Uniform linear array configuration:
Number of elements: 24
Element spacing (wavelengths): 0.75
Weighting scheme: exponential
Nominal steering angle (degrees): -45
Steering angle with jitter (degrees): -46.042
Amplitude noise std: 0.05
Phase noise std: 0.05

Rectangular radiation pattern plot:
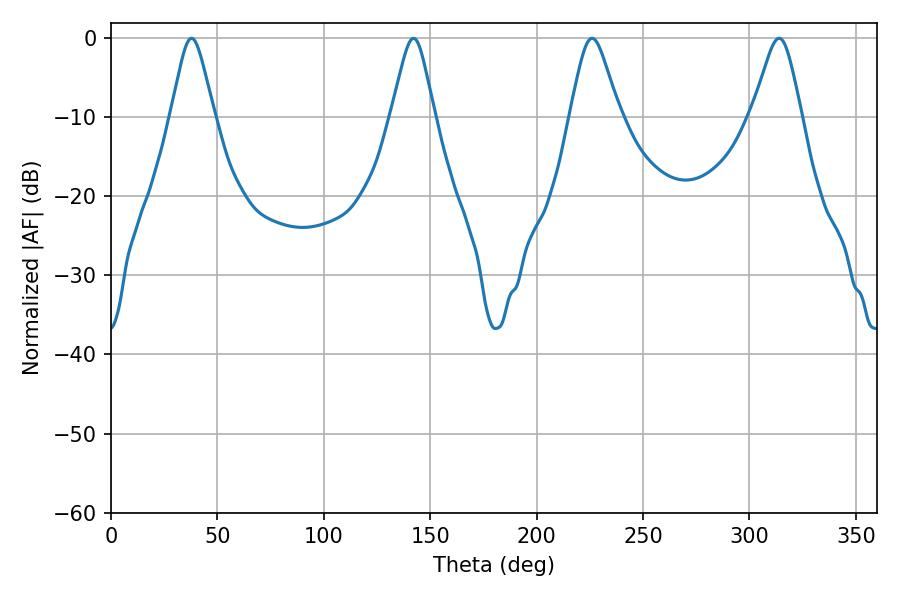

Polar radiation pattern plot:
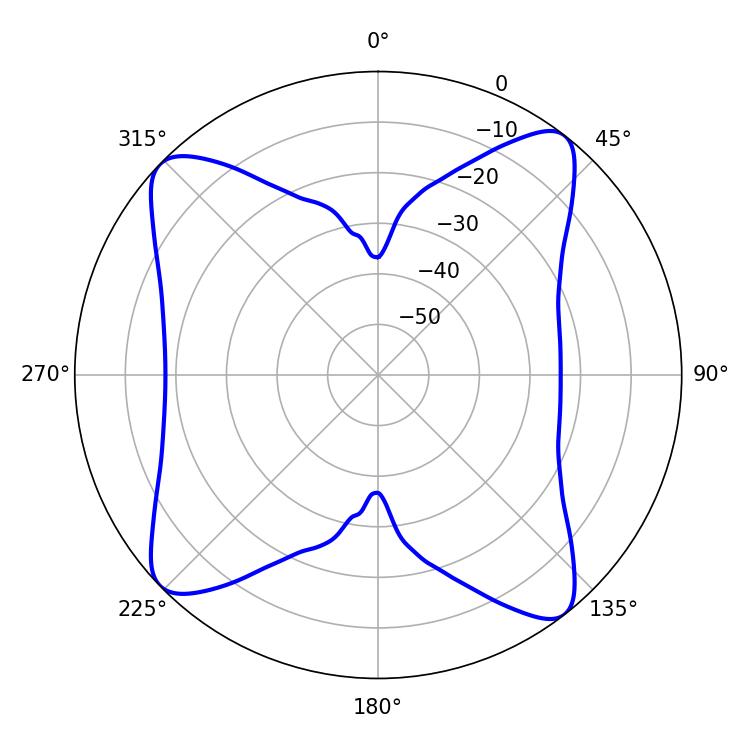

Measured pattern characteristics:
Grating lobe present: TRUE
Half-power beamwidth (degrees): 11.16
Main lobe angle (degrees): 226.08